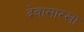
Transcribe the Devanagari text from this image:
देवासारखा